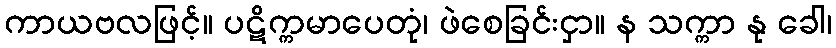
ကာယဗလဖြင့်။ ပဋိက္ကမာပေတုံ၊ ဖဲစေခြင်းငှာ။ န သက္ကာ နု ခေါ၊